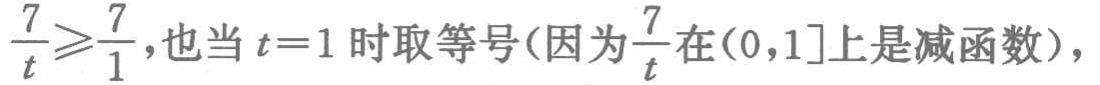
$\frac{7}{t}\geqslant\frac{7}{1},也当t = 1时取等号(因为\frac{7}{t}在(0,1]上是减函数),$